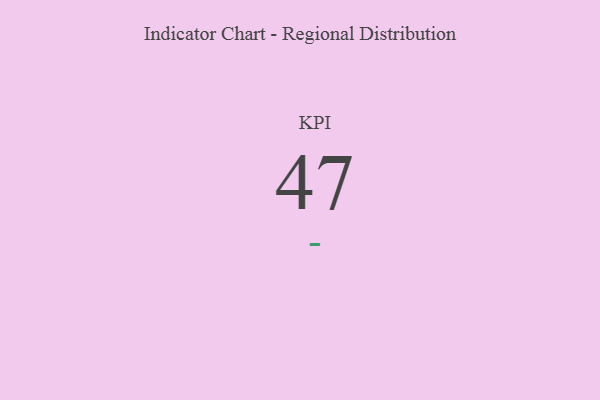
{"axis": {"x": "KPI", "y": "Value"}, "legend": [""], "data": [{"x": "KPI", "y": 47, "type": ""}]}